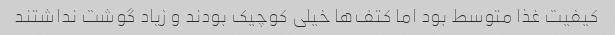
کیفیت غذا متوسط بود اما کتف‌ها خیلی کوچیک بودند و زیاد گوشت نداشتند